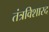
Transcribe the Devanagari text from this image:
तंत्रविशारद